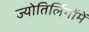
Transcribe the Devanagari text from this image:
ज्योतिर्लिगोंमें